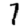
Digit: 7